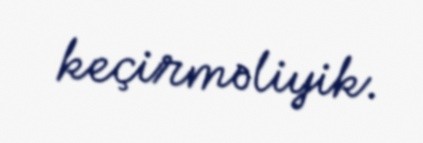
keçirməliyik.